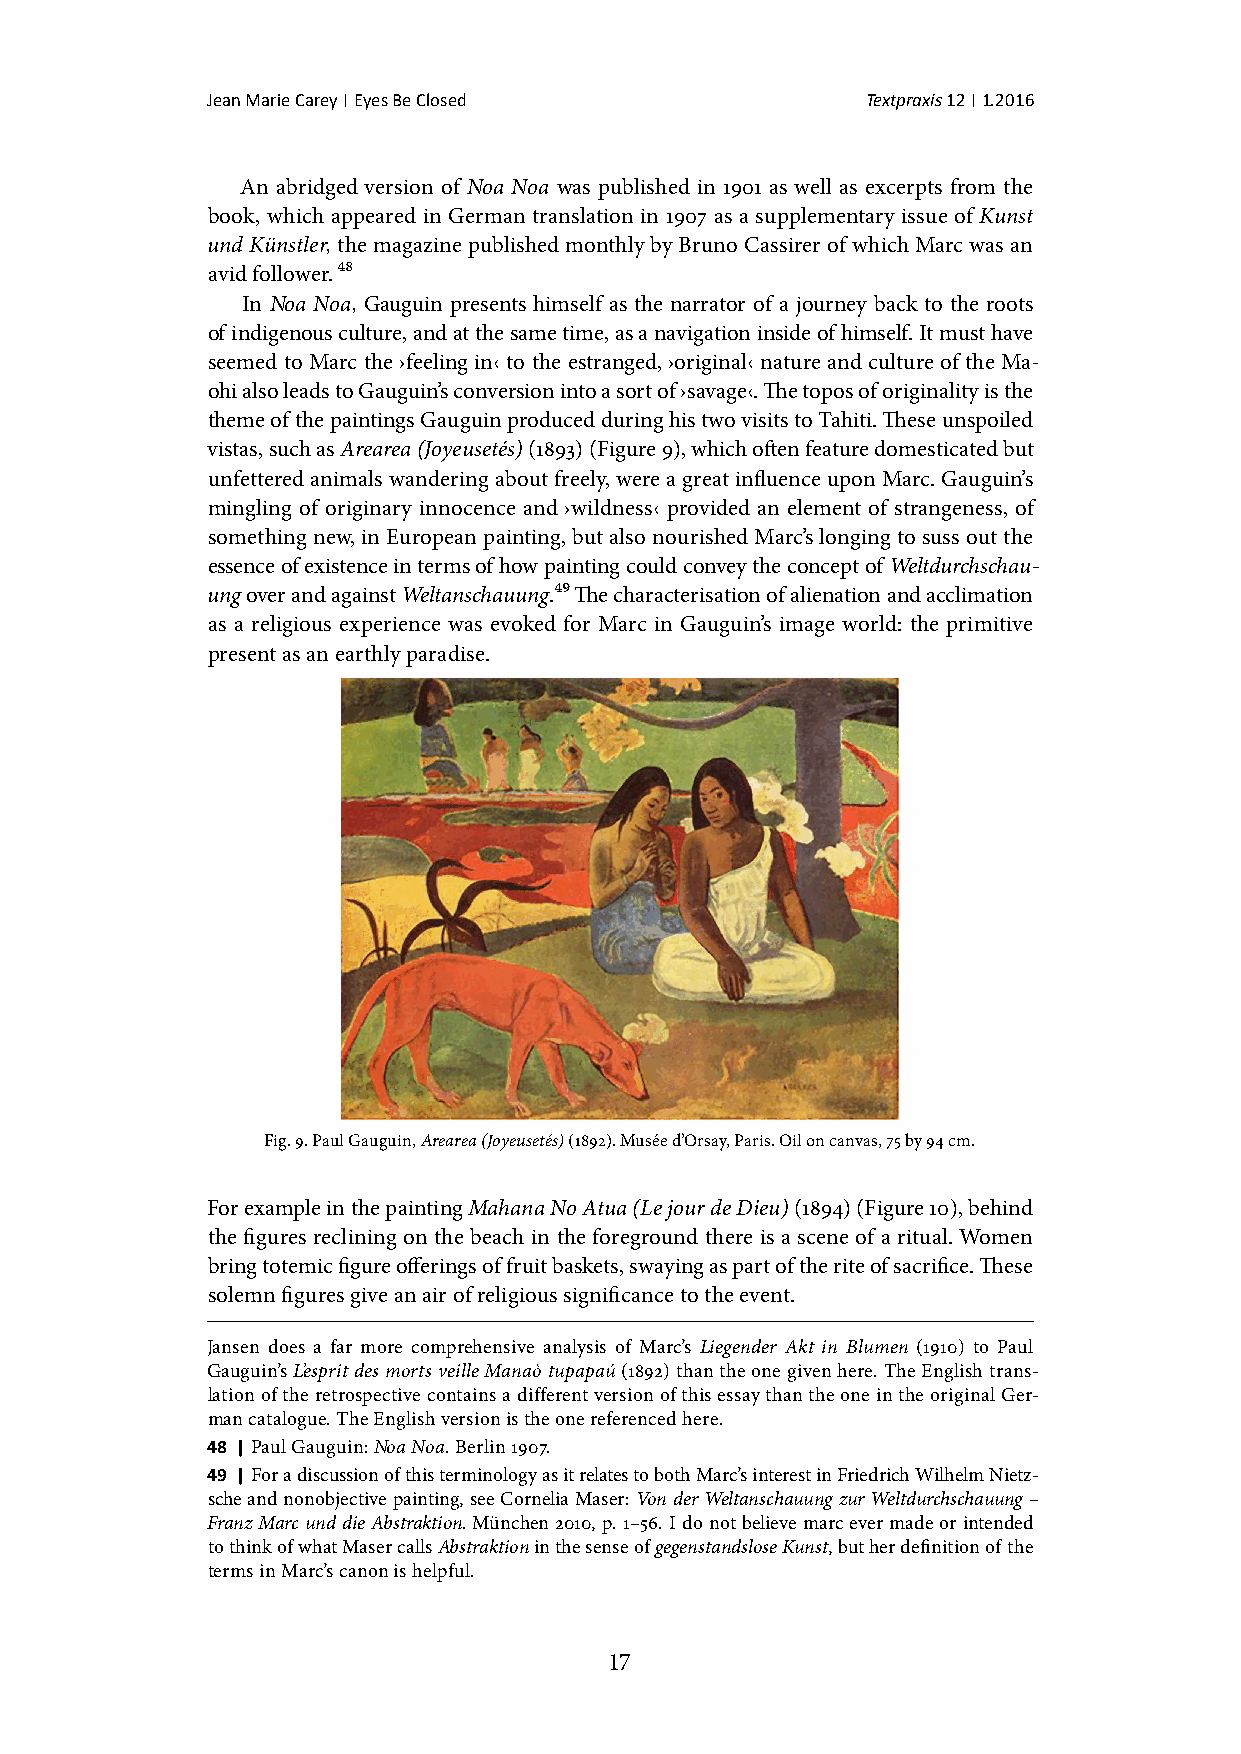
Jean Marie Carey | Eyes Be Closed          Textpraxis 12 | 1.2016
 An abridged version of Noa Noa was published in 1901 as well as excerpts from the
 book, which appeared in German translation in 1907 as a supplementary issue of Kunst
 und Künstler, the magazine published monthly by Bruno Cassirer of which Marc was an
 avid follower. 48
 In Noa Noa, Gauguin presents himself as the narrator of a journey back to the roots
 of indigenous culture, and at the same time, as a navigation inside of himself. It must have
 seemed to Marc the ›feeling in‹ to the estranged, ›original‹ nature and culture of the Ma-
 ohi also leads to Gauguin’s conversion into a sort of ›savage‹. The topos of originality is the
 theme of the paintings Gauguin produced during his two visits to Tahiti. These unspoiled
 vistas, such as Arearea (Joyeusetés) (1893) (Figure 9), which often feature domesticated but
 unfettered animals wandering about freely, were a great influence upon Marc. Gauguin’s
 mingling of originary innocence and ›wildness‹ provided an element of strangeness, of
 something new, in European painting, but also nourished Marc’s longing to suss out the
 essence of existence in terms of how painting could convey the concept of Weltdurchschau-
 ung over and against Weltanschauung.49 The characterisation of alienation and acclimation
 as a religious experience was evoked for Marc in Gauguin’s image world: the primitive
 present as an earthly paradise.
 Fig. 9. Paul Gauguin, Arearea (Joyeusetés) (1892). Musée d’Orsay, Paris. Oil on canvas, 75 by 94 cm.
 For example in the painting Mahana No Atua (Le jour de Dieu) (1894) (Figure 10), behind
 the figures reclining on the beach in the foreground there is a scene of a ritual. Women
 bring totemic figure offerings of fruit baskets, swaying as part of the rite of sacrifice. These
 solemn figures give an air of religious significance to the event.
 Jansen does a far more comprehensive analysis of Marc’s Liegender Akt in Blumen (1910) to Paul
 Gauguin’s L’esprit des morts veille Manaò tupapaú (1892) than the one given here. The English trans-
 lation of the retrospective contains a different version of this essay than the one in the original Ger-
 man catalogue. The English version is the one referenced here.
 48 | Paul Gauguin: Noa Noa. Berlin 1907.
 49 | For a discussion of this terminology as it relates to both Marc’s interest in Friedrich Wilhelm Nietz-
 sche and nonobjective painting, see Cornelia Maser: Von der Weltanschauung zur Weltdurchschauung –
 Franz Marc und die Abstraktion. München 2010, p. 1–56. I do not believe marc ever made or intended
 to think of what Maser calls Abstraktion in the sense of gegenstandslose Kunst, but her definition of the
 terms in Marc’s canon is helpful.
 17